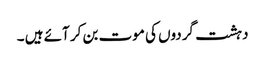
دہشت گردوں کی موت بن کر آئے ہیں ۔